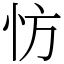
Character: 㤃